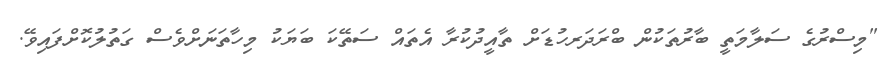
"މިސްރުގެ ސަލާމަތީ ބާރުތަކުން ބްރަދަރހުޑަށް ތާއީދުކުރާ އެތައް ސަތޭކަ ބަޔަކު މިހާތަނަށްވެސް ގަތުލުކޮށްފައިވޭ.